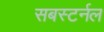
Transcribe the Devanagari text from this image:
सबस्टर्नल